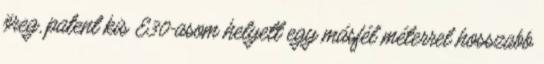
öreg, patent kis E30-asom helyett egy másfél méterrel hosszabb